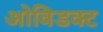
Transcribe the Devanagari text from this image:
ओविडक्ट